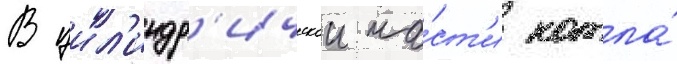
В цил'индр'ическои ча́ст'и котла́